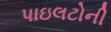
પાઇલટોની